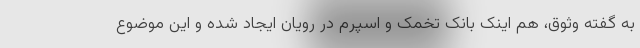
به گفته وثوق، هم اینک بانک تخمک و اسپرم در رویان ایجاد شده و این موضوع